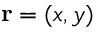
\mathbf { r } = ( x , y )